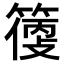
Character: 𥲼